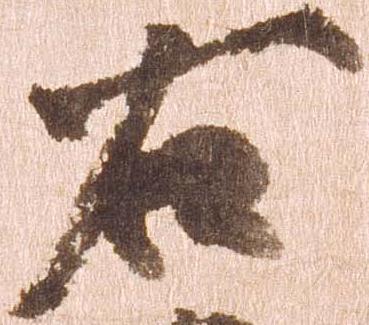
右